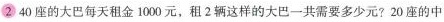
②40座的大巴每天租金1000元，租2辆这样的大巴一共需要多少元?20座的中